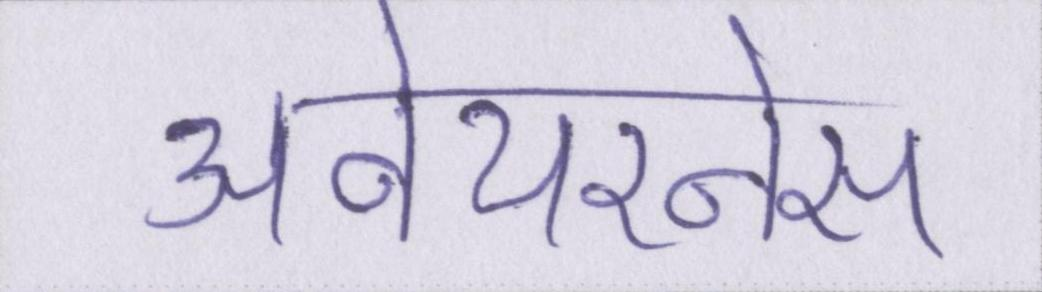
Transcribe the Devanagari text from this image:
अवेयरनेस